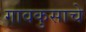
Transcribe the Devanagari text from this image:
गावकुसाचे